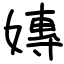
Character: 嫥